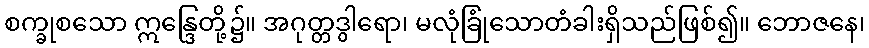
စက္ခုစသော ဣန္ဒြေတို့၌။ အဂုတ္တဒွါရော၊ မလုံခြုံသောတံခါးရှိသည်ဖြစ်၍။ ဘောဇနေ၊